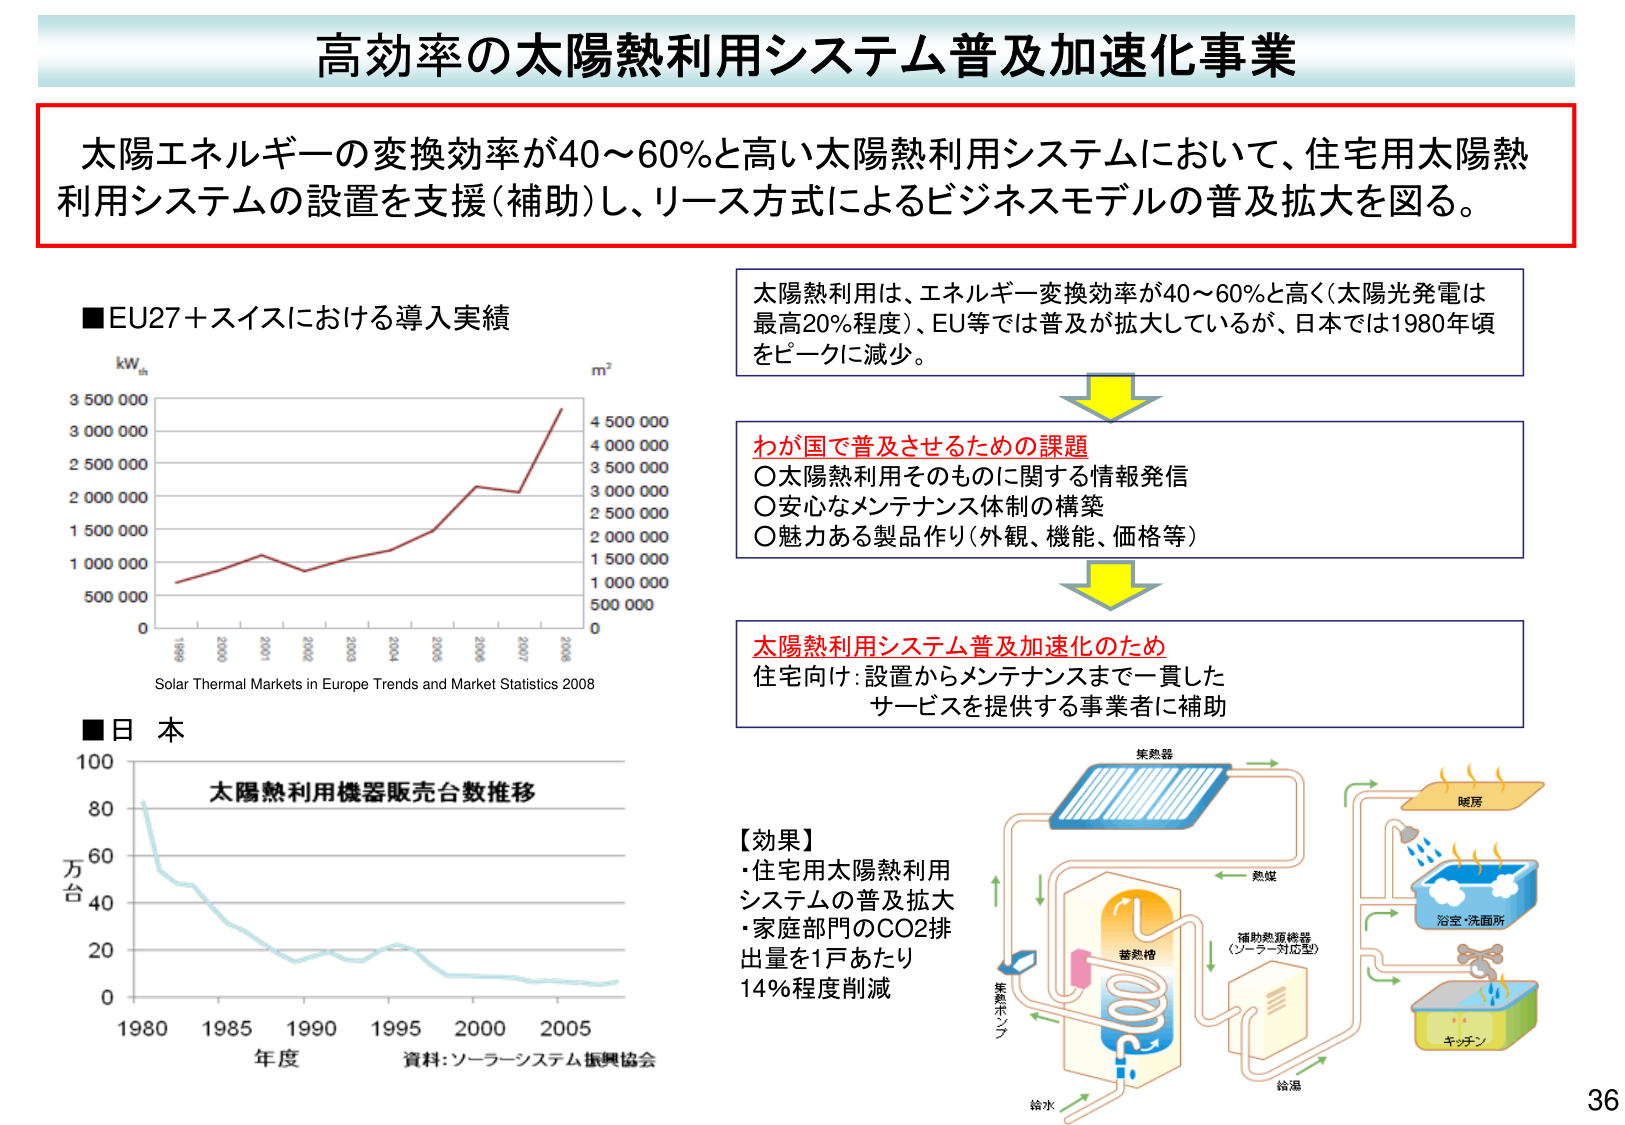
高効率の太陽熱利用システム普及加速化事業

太陽エネルギーの変換効率が40～60％と高い太陽熱利用システムにおいて、住宅用太陽熱利用システムの設置を支援（補助）し、リース方式によるビジネスモデルの普及拡大を図る。

■EU27＋スイスにおける導入実績
kWth
3 500 000
3 000 000
2 500 000
2 000 000
1 500 000
1 000 000
500 000
0
1990 2000 2001 2002 2003 2004 2005 2006 2007 2008
m²
4 500 000
4 000 000
3 500 000
3 000 000
2 500 000
2 000 000
1 500 000
1 000 000
500 000
0
Solar Thermal Markets in Europe Trends and Market Statistics 2008

太陽熱利用は、エネルギー変換効率が40～60％と高く（太陽光発電は最高20％程度）、EU等では普及が拡大しているが、日本では1980年頃をピークに減少。

わが国で普及させるための課題
〇太陽熱利用そのものに関する情報発信
〇安心なメンテナンス体制の構築
〇魅力ある製品作り（外観、機能、価格等）

太陽熱利用システム普及加速化のため
住宅向け：設置からメンテナンスまで一貫したサービスを提供する事業者に補助

■日本
太陽熱利用機器販売台数推移
万台
100
80
60
40
20
0
1980 1985 1990 1995 2000 2005
年度
資料：ソーラーシステム振興協会

【効果】
・住宅用太陽熱利用システムの普及拡大
・家庭部門のCO2排出量を1戸あたり14％程度削減

集熱器
熱媒
補助熱源機器（ソーラー対応型）
蓄熱槽
集熱ポンプ
給水
給湯
浴室・洗面所
キッチン
暖房

36